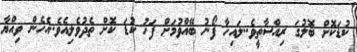
ކުޑަކޮށް ބޮލުގަ ރިއްސާތީވެ..ލައިހާ ފޯނު ބޭއްވުމަށް ފަހު ކުޑަ ކޮށް ތެދުވެލިއެވެ..އެހެން ވިއްޔާ